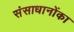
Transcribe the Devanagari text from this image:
संसाधानोंका